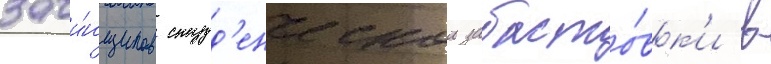
зачи́нщиков студ'енческои забасто́вк'и в